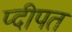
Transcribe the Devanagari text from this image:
प्दीपत